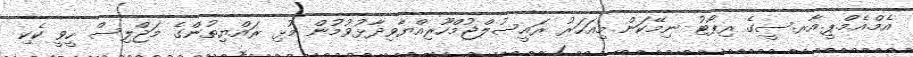
އެމް.އެމް.ޕީ.އާރ.ސީގެ ރިޕޯޓު ނިމޭކަން މިއަހަރު ރައީސުލްޖުމްހޫރިއްޔާވިދާޅުވުމުން މުޅި ރައްޔިތުންގެ މަޖްލިސް ހީވީ ކެކި